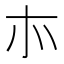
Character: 㝳